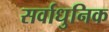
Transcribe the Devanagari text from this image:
सर्वाधुनिक